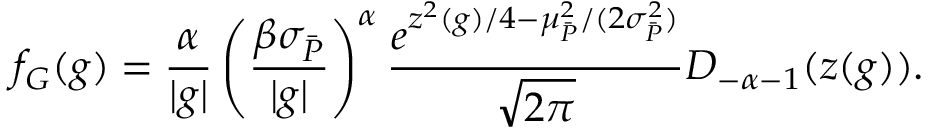
f _ { G } ( g ) = \frac { \alpha } { | g | } \left( \frac { \beta \sigma _ { \bar { P } } } { | g | } \right) ^ { \alpha } \frac { e ^ { z ^ { 2 } ( g ) / 4 - \mu _ { \bar { P } } ^ { 2 } / ( 2 \sigma _ { \bar { P } } ^ { 2 } ) } } { \sqrt { 2 \pi } } D _ { - \alpha - 1 } ( z ( g ) ) .